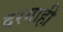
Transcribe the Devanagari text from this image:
दरगाही